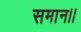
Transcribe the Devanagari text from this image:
समान।।